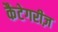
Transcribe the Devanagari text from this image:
कैटेगरीज़